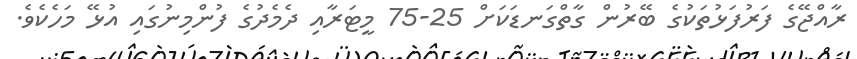
ރާއްޖޭގެ ފަރުފަޅުތަކުގެ ބޭރުން ގާތްގަނޑަކަށް 25-75 މީޓަރާއި ދެމެދުގެ ފުންމިނުގައި އުޅޭ މަހެކެވެ.